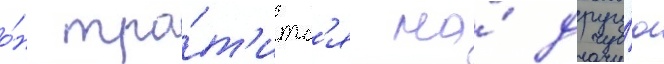
о́н тра́т'итс'я на́ другу́ю